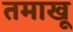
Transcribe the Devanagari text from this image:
तमाखू